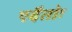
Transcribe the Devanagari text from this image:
एदैतोः